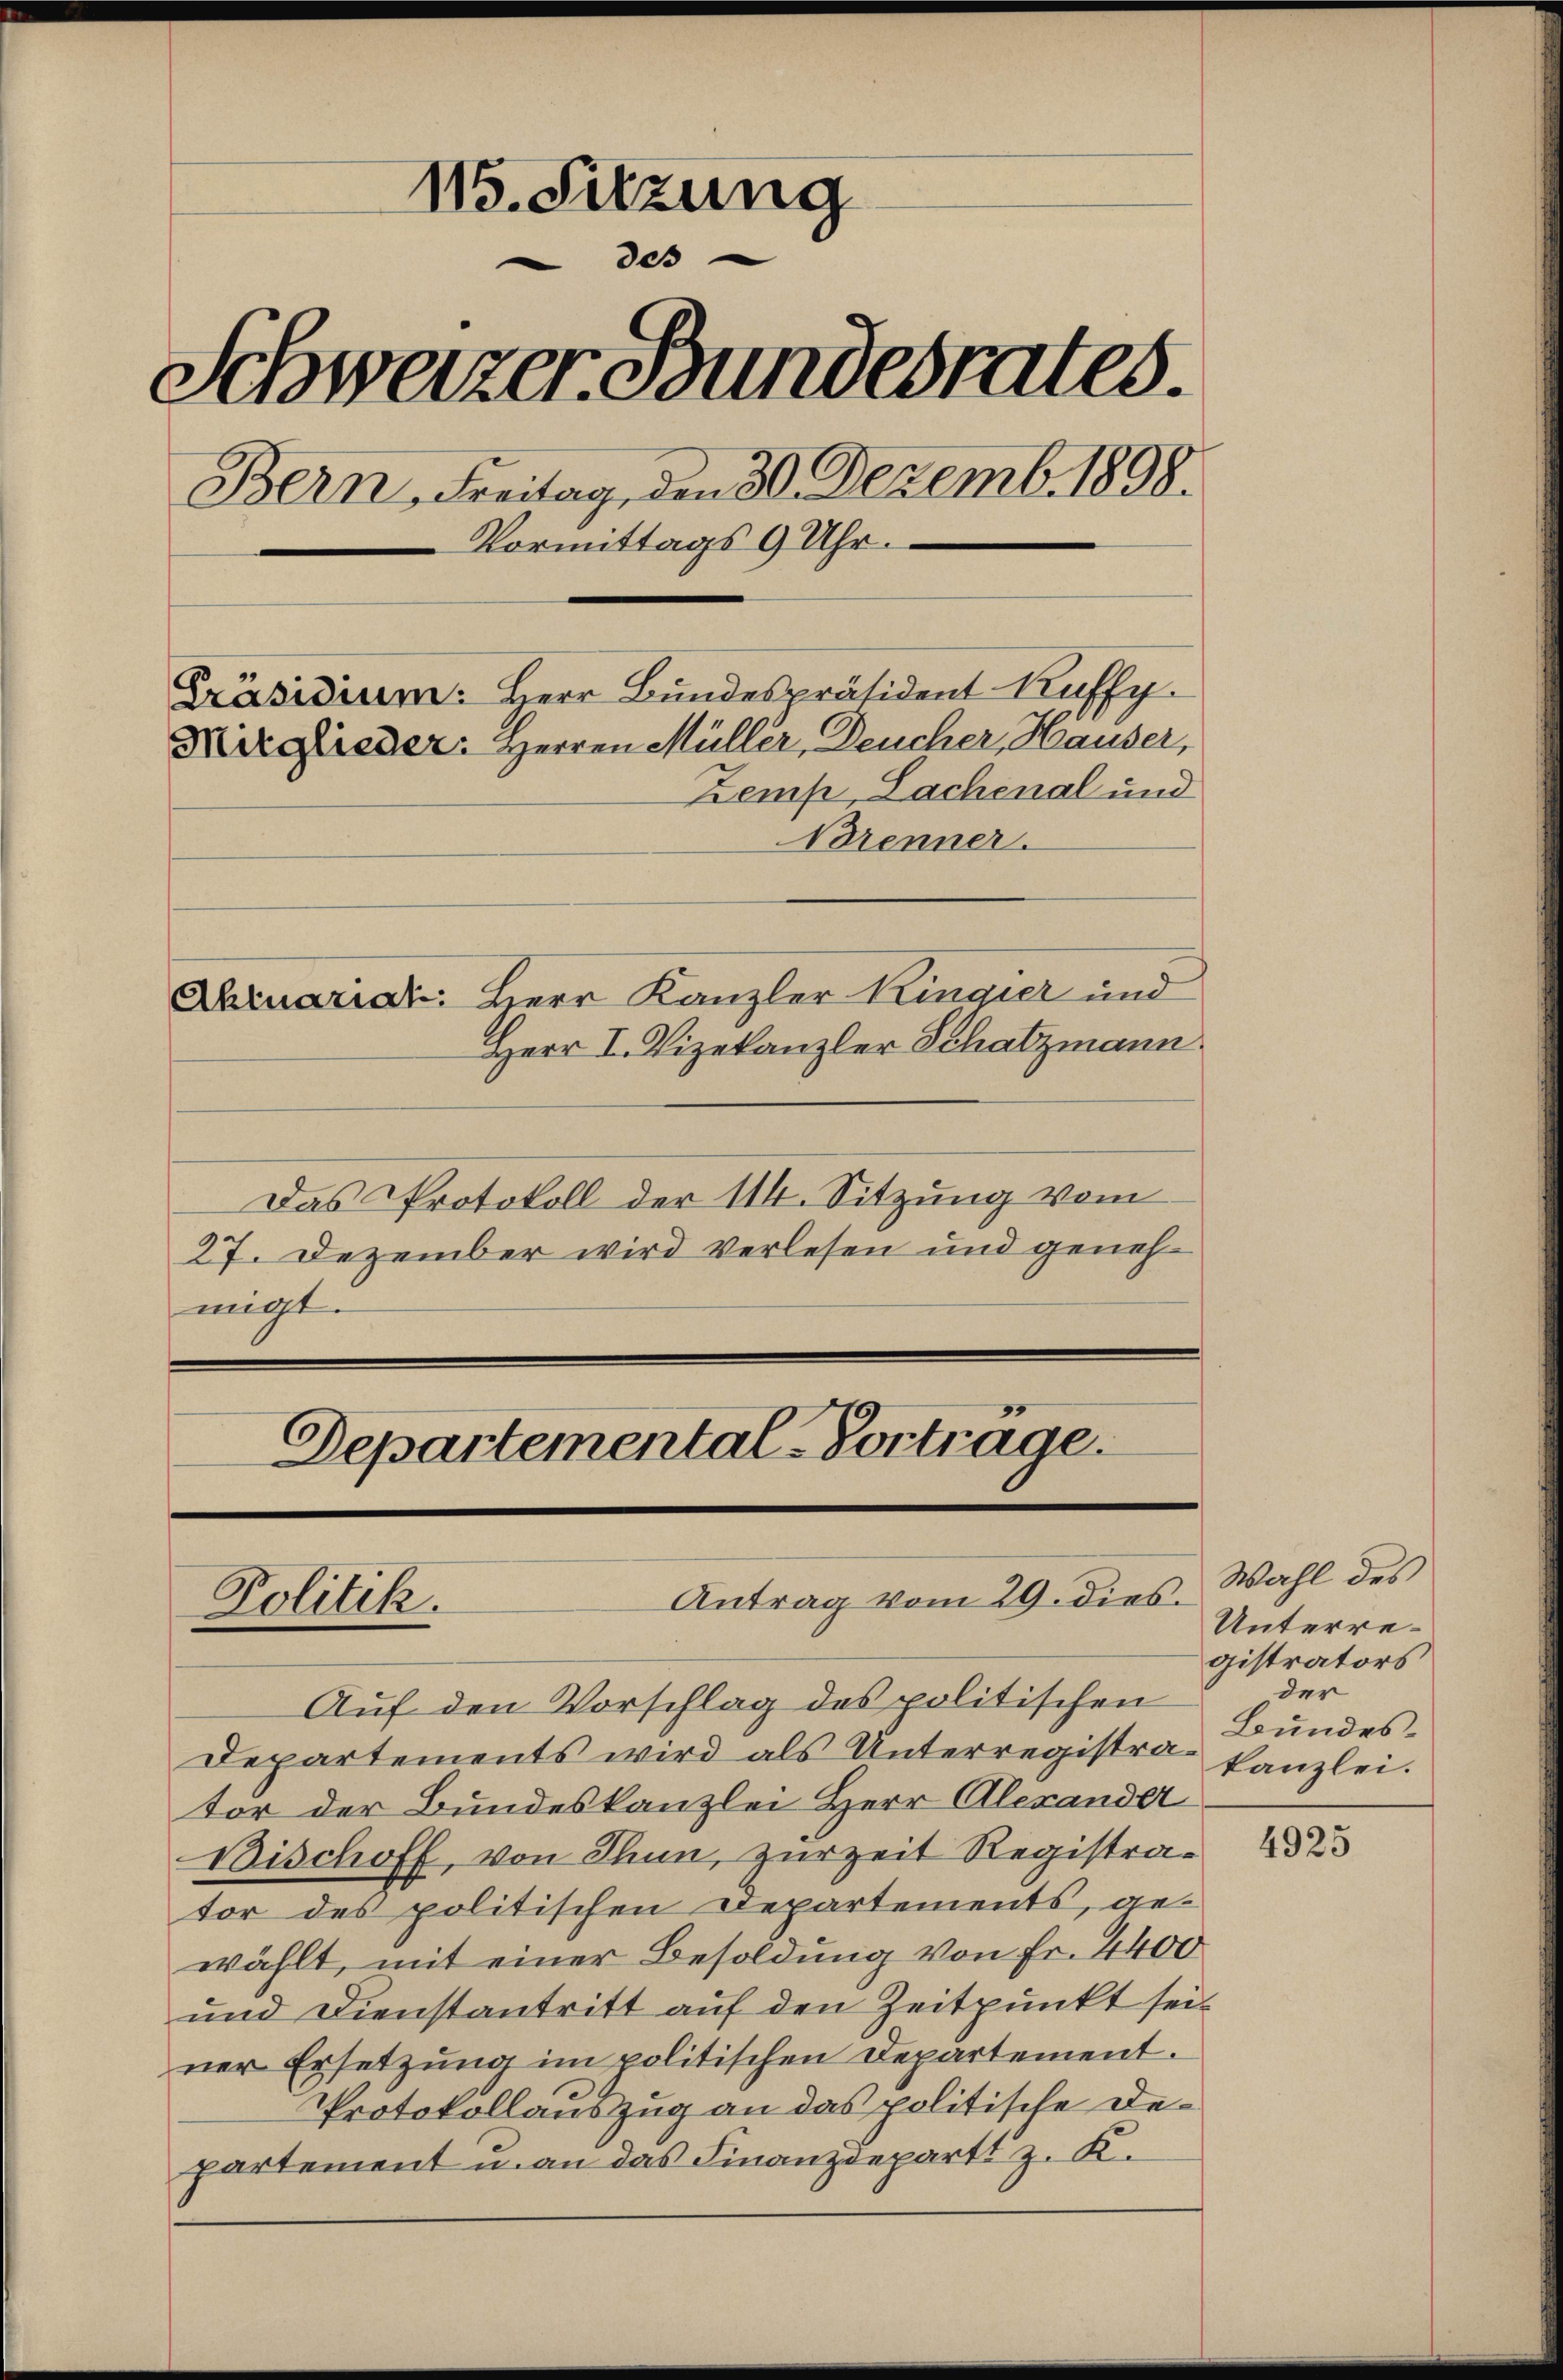
115. Sitzung
des
Schweizer Bundesrates.
Bern, Freitag, den 30. Dezemb. 1898.
Vormittags 9 Uhr.
Präsidium: Herr Bundespräsident Kuffy.
Mirglieder: Herren Müller, Deucher, Hauser,
Zemp, Lachenal und
Brenner.
Abruariat: Herr Kanzler Kingier und
Herr I. Vizekanzler Schatzmann.

Das Protokoll der 114. Sitzung vom
27. Dezember wird verlesen und genehmigt.

Auf den Vorschlag des politischen
Departements wird als Unterregistra-Kanzlei.
tor der Bundeskanzlei Herr Alexander
Bischoff, von Thun, zurzeit Registrator des politischen Departements, gewählt, mit einer Besoldung von Fr. 4400
und Dienstantritt auf den Zeitpunkt seiner Ersetzŭng im politischen Departement.
Protokollauszug an das politische Departement u. an das Finanzdepart z. K.

Departemental-Vortrage.
Antrag vom 29. dies
Politik.

Wahl des
Unterregistrators
der
Bundes¬

4925